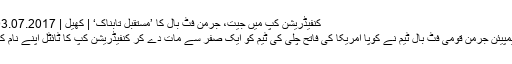
کنفیڈریشن کپ میں جیت، جرمن فٹ بال کا ’مستقبل تابناک‘ | کھیل | DW | 03.07.2017
عالمی چیمپیئن جرمن قومی فٹ بال ٹیم نے کوپا امریکا کی فاتح چلی کی ٹیم کو ایک صفر سے مات دے کر کنفیڈریشن کپ کا ٹائٹل اپنے نام کر لیا ہے۔